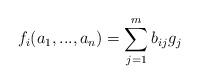
LaTeX: \begin{align*}f_i(a_1,...,a_n)= \sum_{j=1}^m b_{ij}g_j\end{align*}